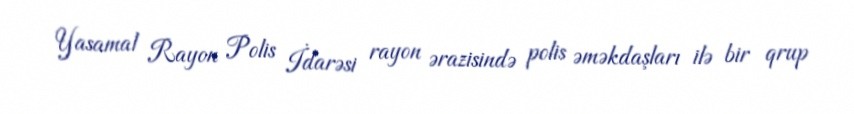
Yasamal Rayon Polis İdarəsi rayon ərazisində polis əməkdaşları ilə bir qrup